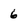
Character: 6